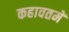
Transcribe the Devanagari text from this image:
कहावतमें